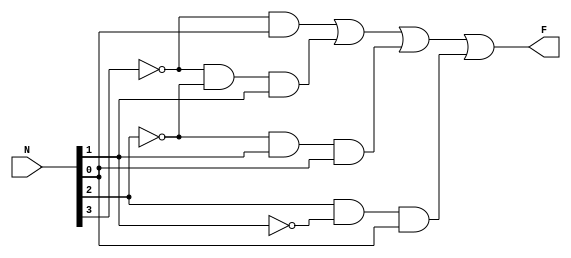
module task1_11(N, F);
    input [3:0] N;
    output reg F;
    always @(*) begin
        F = (~N[3] & N[0]) | (~N[3] & ~N[2] & N[1]) | (~N[2] & N[1] & N[0]) | (N[2] &~ N[1] & N[0]);
    end
endmodule